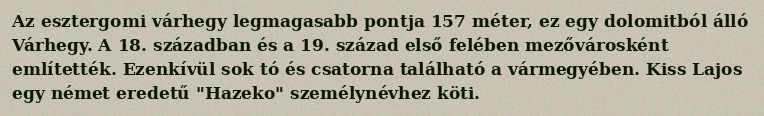
Az esztergomi várhegy legmagasabb pontja 157 méter, ez egy dolomitból álló Várhegy. A 18. században és a 19. század első felében mezővárosként említették. Ezenkívül sok tó és csatorna található a vármegyében. Kiss Lajos egy német eredetű "Hazeko" személynévhez köti.